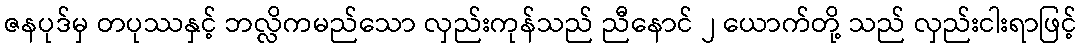
ဇနပုဒ်မှ တပုဿနှင့် ဘလ္လိကမည်သော လှည်းကုန်သည် ညီနောင် ၂ ယောက်တို့ သည် လှည်းငါးရာဖြင့်